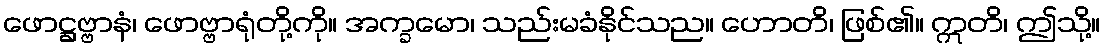
ဖောဋ္ဌဗ္ဗာနံ၊ ဖောဗ္ဗာရုံတို့ကို။ အက္ခမော၊ သည်းမခံနိုင်သည။ ဟောတိ၊ ဖြစ်၏။ ဣတိ၊ ဤသို့။